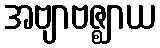
အဗျာဗဇ္ဈာယ